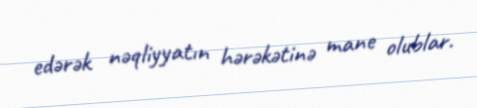
edərək nəqliyyatın hərəkətinə mane olublar.